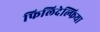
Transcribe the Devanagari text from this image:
फिलिदेल्फिया